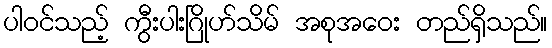
ပါဝင်သည့် ကွီးပါးဂြိုဟ်သိမ် အစုအဝေး တည်ရှိသည်။